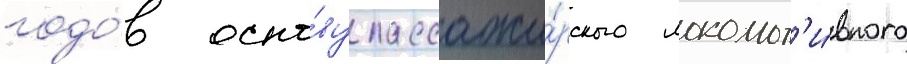
годо́в осно́ву пассажи́рского локомот'и́вного